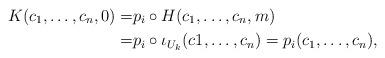
LaTeX: \begin{align*}K(c_1,\dots,c_n,0)= &p_i \circ H (c_1,\dots,c_n,m) \\= &p_i \circ \iota_{U_k}(c1,\dots,c_n)=p_i(c_1,\dots,c_n),\end{align*}